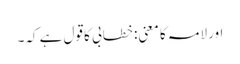
اور لامہ کا معنی: خطابی کا قول ہے کہ۔